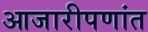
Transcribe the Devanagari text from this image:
आजारीपणांत